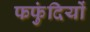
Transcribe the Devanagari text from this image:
फफुंदियों